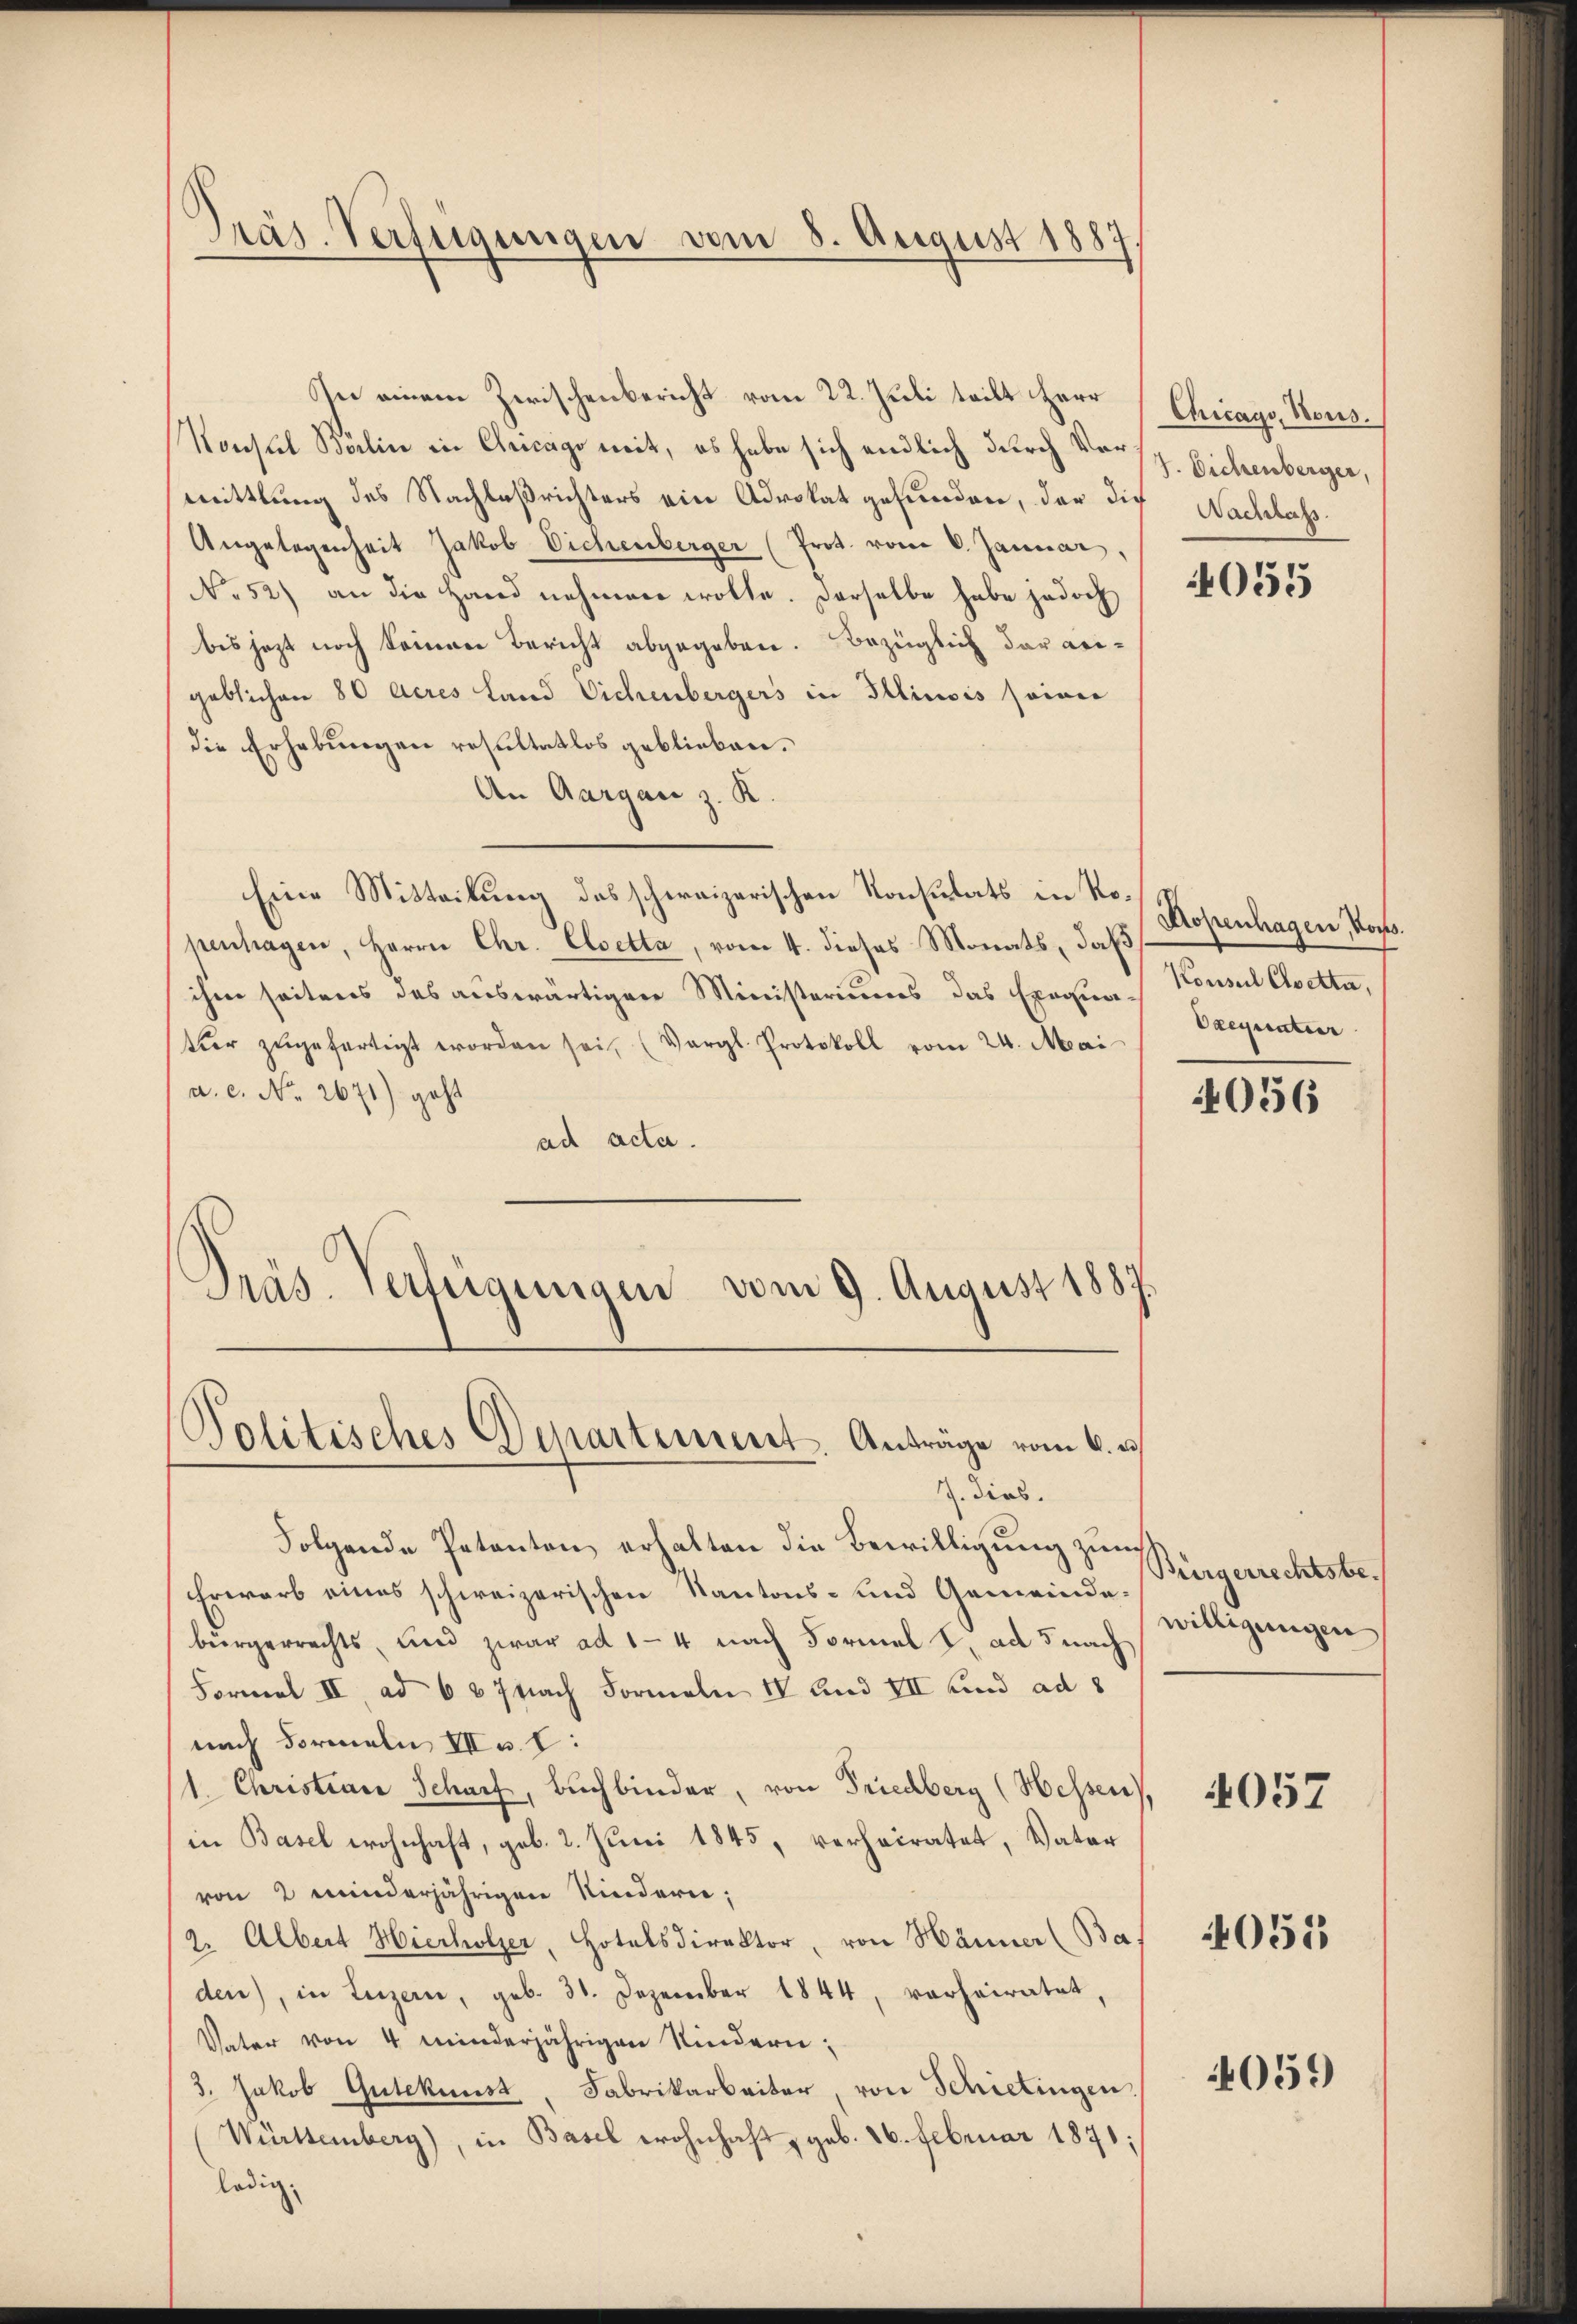
Präs. Verfügungen vom 8. August 1887,

In einem Zwischenbericht vom 22. Juli teilt Herr
Konsul Bärlin in Chicago mit, es habe sich endlich durch Vermittlung des Nachlaßrichters ein Advokat gefunden, der die
Angelegenheit Jakob Eichenberger (Prot. vom 6. Januar
No 52) an die Hand nehmen wolle. Derselbe habe jedoch
bis jetzt noch keiner Bericht abgegeben. Bezüglich der angeblichen 80 Acres Land Vichenbergers in Illinois seiner
die Erhebungen resultatlos geblieben.
An Aargau z. R.
Eine Mitteilung des schweizerischen Konsulats in Kopentragen, Herrn Chr. Elsetta, vom 4. dieses Monats, daß
ihm seitens des auswärtiger Ministeriums das Exequa-
tier zŭgefertigt worden sei, (Vergl. Protokoll vom 24. Mai
a. c. No. 2671) geht
ad acta.
Präs. Verfügungen vom 9. August 1887.

Politisches Departement. Anträge vom 6. d.
J. dies.

Folgende Petenten erhalten die Bewilligung zum
Erwarb eines schweizerischen Kantons- und Gemeindebürgerrechts, und zwar ad 1-4 nach Formel I. ad 5 nach
Formel II, ad 687 nach Formeln IV und III und ad 8
nach Formeln III u. I:
1. Christiare Scharf, Buchbinder, von Friedberg (Hessen),
in Basel wohnhaft, geb. 2. Juni 1845, verheiratet, Vater
von 2 minderjährigen Kindern;
2. Albert Hierholzer, Hotelsdirektor, von Hänner (Ba
den), in Luzern, geb. 31. Dezember 1844, verheiratet,
Vater von 4 minderjährigen Kindern;
3. Jakob Gutekunst, Fabrikarbeiter, von Schietingen.
Württemberg), in Basel wohnhaft, geb. 26. Februar 1871
ledig,

Chicago, Nous.
7. Eichenberger,
Nachlass.

055

Sopenhagen, Vors
Konseil Cloetta,
Caequatur

4056

Bürgerrechtsbewilligungen

4057

4051

4059